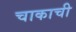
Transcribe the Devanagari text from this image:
चाकाची